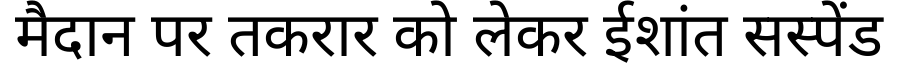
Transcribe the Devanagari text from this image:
मैदान पर तकरार को लेकर ईशांत सस्पेंड